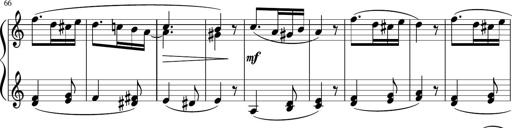
Title: 4 Sonatinas
Composer: Jacob Schmitt